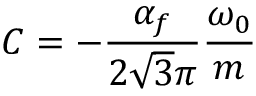
C = - \frac { \alpha _ { f } } { 2 \sqrt { 3 } \pi } \frac { \omega _ { 0 } } { m }